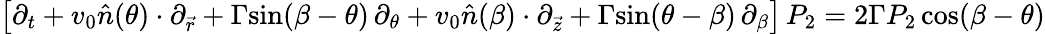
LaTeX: \big[\partial_{t}+v_{0}\hat{n}(\theta)\cdot\partial_{\vec{r}}+\Gamma\mathrm{sin}(\beta-\theta)\, \partial_{\theta}+v_{0}\hat{n}(\beta)\cdot\partial_{\vec{z}}+\Gamma\mathrm{sin}(\theta-\beta)\, \partial_{\beta}\big]\, P_{2}=2\Gamma P_{2}\, \mathrm{cos}(\beta-\theta)